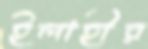
ইলাহীর